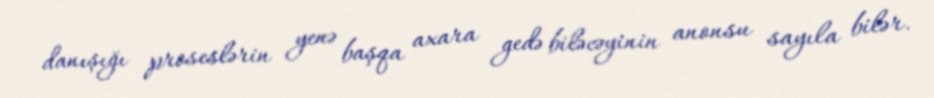
danışığı proseslərin yenə başqa axara gedə biləcəyinin anonsu sayıla bilər.